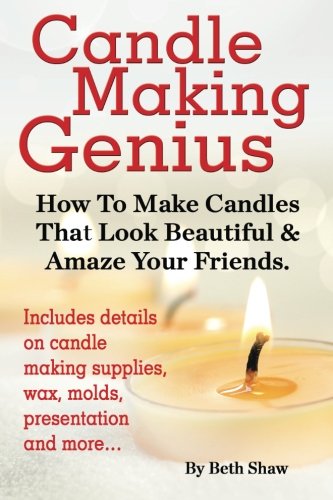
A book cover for Candle Making Genius - How to Make Candles That Look Beautiful & Amaze Your Friends; Beth Shaw; Crafts, Hobbies & Home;